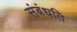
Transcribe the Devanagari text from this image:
संबंधति